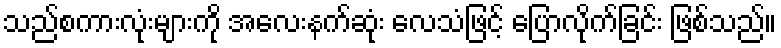
သည်စကားလုံးများကို အလေးနက်ဆုံး လေသံဖြင့် ပြောလိုက်ခြင်း ဖြစ်သည်။